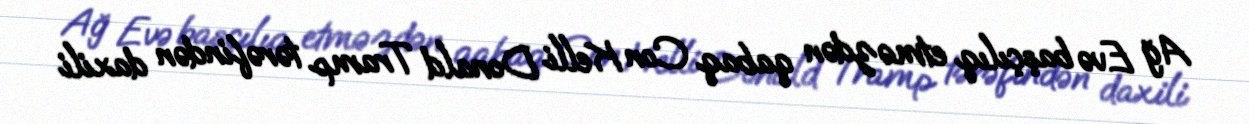
Ağ Evə başçılıq etməzdən qabaq Con Kelli Donald Tramp tərəfindən daxili